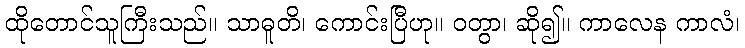
ထိုတောင်သူကြီးသည်။ သာဓူတိ၊ ကောင်းပြီဟု။ ဝတွာ၊ ဆို၍။ ကာလေန ကာလံ၊